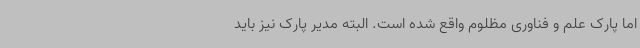
اما پارک علم و فناوری مظلوم واقع شده است. البته مدیر پارک نیز باید